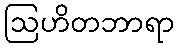
ဩဟိတဘာရာ